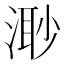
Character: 𣺌